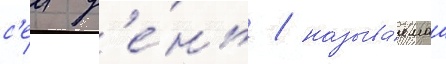
с'еи д'е́нь / называ́емаа